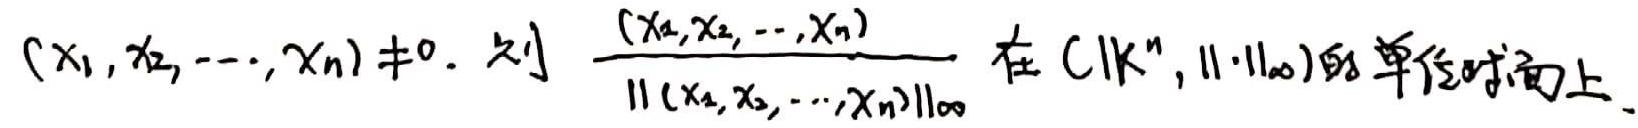
$(x_1, x_2, \cdots, x_n) \neq 0$. 则 $\frac{(x_1, x_2, \cdots, x_n)}{\|(x_1, x_2, \cdots, x_n)\|_{\infty}}$ 在 $(\mathbb{K}^n, \|\cdot\|_{\infty})$ 的单位球面上.